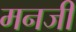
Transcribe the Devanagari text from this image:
मनजी